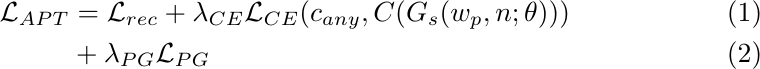
\begin{align}
    \mathcal{L}_{APT} &= \mathcal{L}_{rec} + \lambda_{CE} \mathcal{L}_{CE}(c_{any}, C(G_s(w_p, n; \theta))) \\ &+ \lambda_{PG} \mathcal{L}_{PG}
    \label{eq:loss}
\end{align}